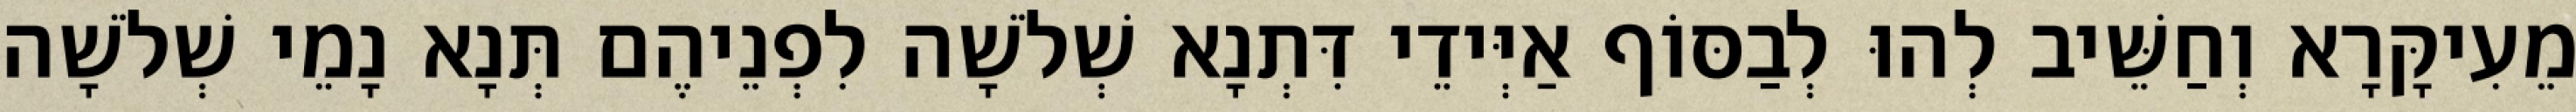
מֵעִיקָּרָא וְחַשֵּׁיב לְהוּ לְבַסּוֹף אַיְּידֵי דִּתְנָא שְׁלֹשָׁה לִפְנֵיהֶם תְּנָא נָמֵי שְׁלֹשָׁה